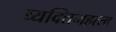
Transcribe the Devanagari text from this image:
व्यक्‍तिमहत्त्व